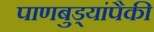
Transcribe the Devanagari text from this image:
पाणबुड्यांपैकी